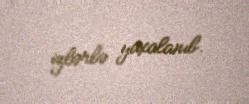
izlərlə yaxalanıb.